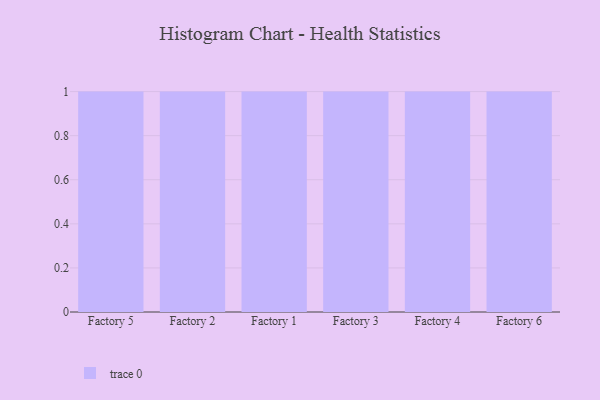
{"axis": {"x": "Factory", "y": "Tickets Resolved"}, "legend": [""], "data": [{"x": "Factory 5", "y": 74, "type": ""}, {"x": "Factory 2", "y": 79, "type": ""}, {"x": "Factory 1", "y": 32, "type": ""}, {"x": "Factory 3", "y": 99, "type": ""}, {"x": "Factory 4", "y": 66, "type": ""}, {"x": "Factory 6", "y": 10, "type": ""}]}